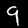
Digit: 9